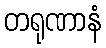
တရုဏာနံ